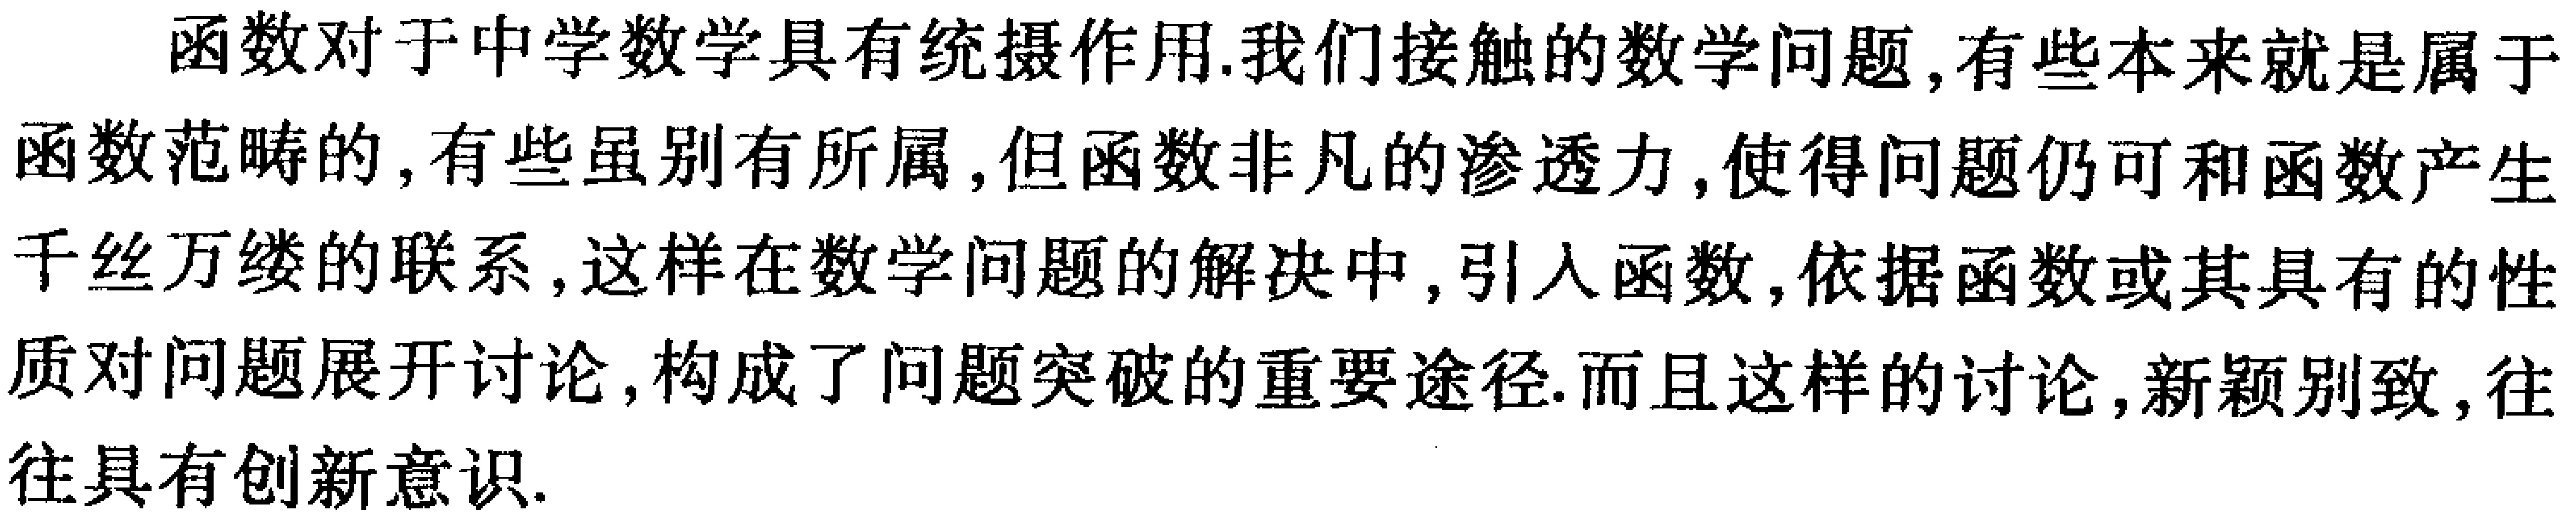
函数对于中学数学具有统摄作用.我们接触的数学问题,有些本来就是属于函数范畴的,有些虽别有所属,但函数非凡的渗透力,使得问题仍可和函数产生千丝万缕的联系,这样在数学问题的解决中,引入函数,依据函数或其具有的性质对问题展开讨论,构成了问题突破的重要途径.而且这样的讨论,新颖别致,往往具有创新意识.